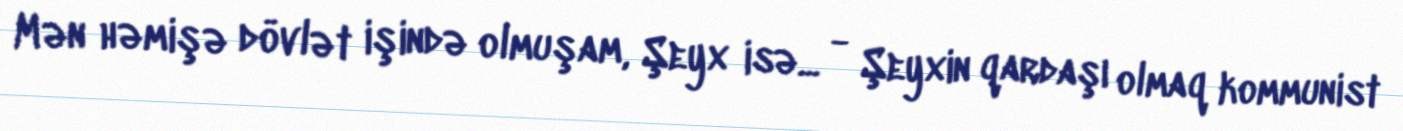
Mən həmişə dövlət işində olmuşam, Şeyx isə... - Şeyxin qardaşı olmaq kommunist